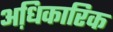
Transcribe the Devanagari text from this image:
अधि़कारिक